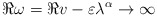
\begin{align*} \Re \omega = \Re v - \varepsilon\lambda^\alpha \to \infty \end{align*}